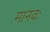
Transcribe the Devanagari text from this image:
मानवः